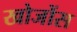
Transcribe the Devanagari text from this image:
खोजोंस